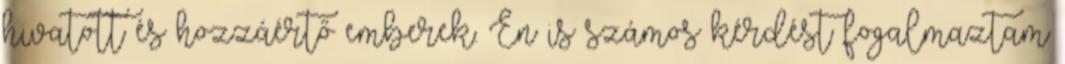
hivatott és hozzáértő emberek. Én is számos kérdést fogalmaztam